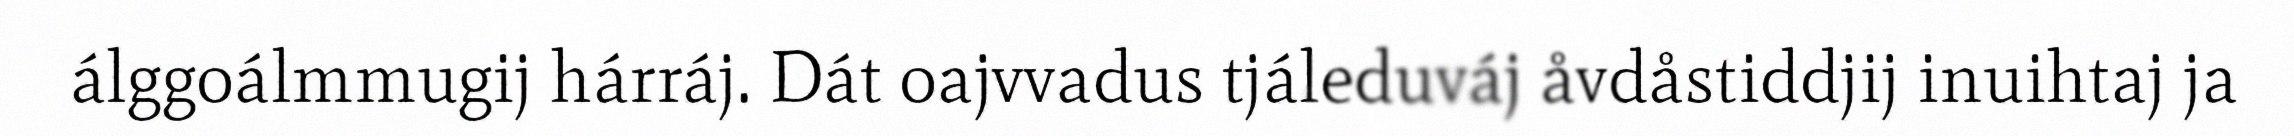
álggoálmmugij hárráj. Dát oajvvadus tjáleduváj åvdåstiddjij inuihtaj ja